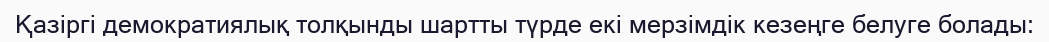
Қазіргі демократиялық толқынды шартты түрде екі мерзімдік кезеңге белуге болады: